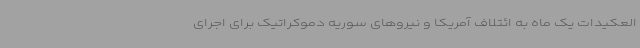
العکیدات یک ماه به ائتلاف آمریکا و نیروهای سوریه دموکراتیک برای اجرای